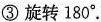
③旋转180°.